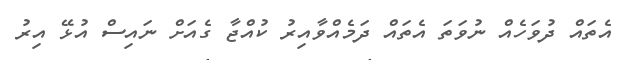
އެތައް ދުވަހެއް ނުވަތަ އެތައް ދަމެއްވާއިރު ކުއްޖާ ގެއަށް ނައިސް އުޅޭ އިރު